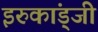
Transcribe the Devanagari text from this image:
इरुकांड्जी